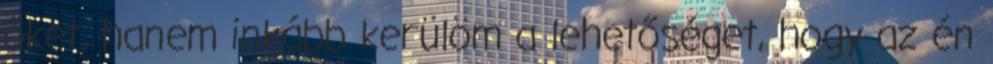
őket, hanem inkább kerülöm a lehetőséget, hogy az én